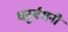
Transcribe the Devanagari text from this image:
धनुर्बधनी